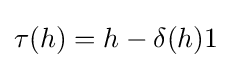
\tau (h)=h-\delta (h)1